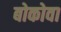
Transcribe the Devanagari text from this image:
बोकोवा